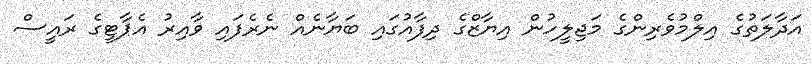
އަދާލަތުގެ އިލްމުވެރިންގެ މަޖިލީހުން އިޔާޒްގެ ދިފާއުގައި ބަޔާނެއް ނެރެފައި ވާއިރު އެޕާޓީގެ ރައީސް